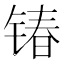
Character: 𮸔